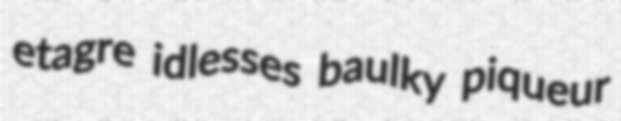
etagre idlesses baulky piqueur